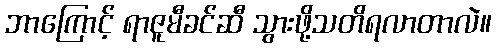
ဘာကြောင့် ရာဇူမီခင်ဆီ သွားဖို့သတိရလာတာလဲ။